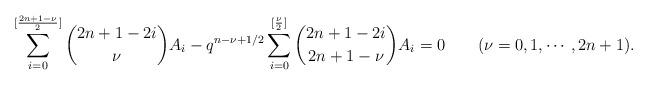
LaTeX: \begin{align*}\sum_{i=0}^{[\frac{2n+1-\nu}{2}]} {{2n+1-2i}\choose{\nu}} A_i - q^{n-\nu+1/2} \sum_{i=0}^{[\frac{\nu}{2}]} {{2n+1-2i}\choose{2n+1-\nu}} A_i =0\qquad(\nu=0,1,\cdots, 2n+1). \end{align*}